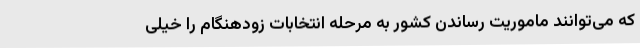
که می‌توانند ماموریت رساندن کشور به مرحله انتخابات زودهنگام را خیلی